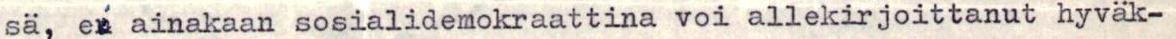
sä, ei ainakaan sosialidemokraattina voi allekirjoittanut hyväk-